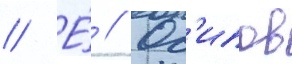
// Е́ // Ос'ипов